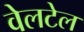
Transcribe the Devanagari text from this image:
वेलटेल